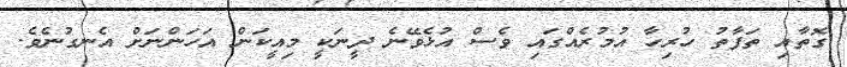
ގޮތާއި ތަފާތު ހުރިހާ އުމުރެއްގައި ވެސް އުޅެވޭނެ ދީނަކީ މިއީކަން އަހަންނަަށް އެނގުނެވެ.